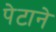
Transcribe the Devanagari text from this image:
पेटाने